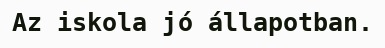
Az iskola jó állapotban.